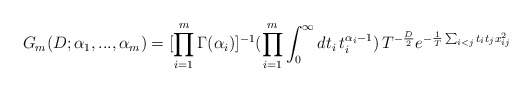
\begin{align*}G_m(D;\alpha_1,...,\alpha_m) = [\prod_{i=1}^m \Gamma(\alpha_i)]^{-1}(\prod_{i=1}^m \int_0^\infty dt_i \, t_i^{\alpha_i-1}) \, T^{-\frac{D}{2}} e^{-\frac{1}{T} \sum_{i<j}t_it_j x_{ij}^2}\end{align*}